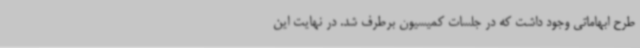
طرح ابهاماتی وجود داشت که در جلسات کمیسیون برطرف شد. در نهایت این